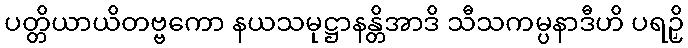
ပတ္တိယာယိတဗ္ဗကော နယသမုဋ္ဌာနန္တိအာဒိ သီသကမ္ပနာဒီဟိ ပရဉှိ